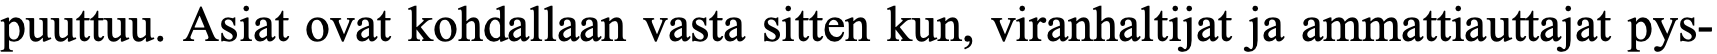
puuttuu. Asiat ovat kohdallaan vasta sitten kun, viranhaltijat ja ammattiauttajat pys-